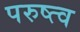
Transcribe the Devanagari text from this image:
परुष्त्व